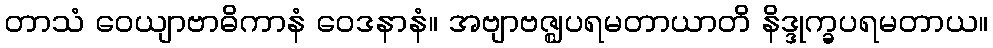
တာသံ ဝေယျာဗာဓိကာနံ ဝေဒနာနံ။ အဗျာဗဇ္ဈပရမတာယာတိ နိဒ္ဒုက္ခပရမတာယ။